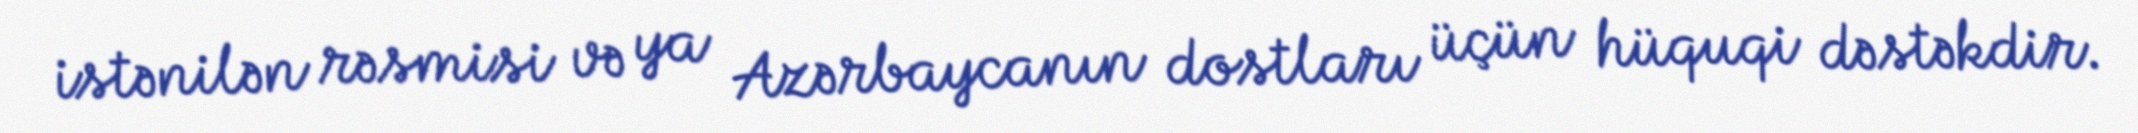
istənilən rəsmisi və ya Azərbaycanın dostları üçün hüquqi dəstəkdir.